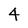
Character: 4